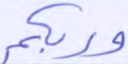
وربكم